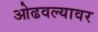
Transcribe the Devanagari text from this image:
ओढवल्यावर